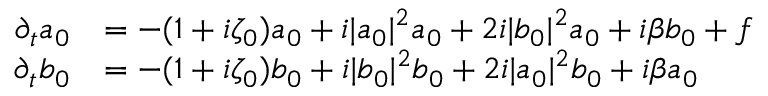
\begin{array} { r l } { \partial _ { t } a _ { 0 } } & { = - ( 1 + i \zeta _ { 0 } ) a _ { 0 } + i | a _ { 0 } | ^ { 2 } a _ { 0 } + 2 i | b _ { 0 } | ^ { 2 } a _ { 0 } + i \beta b _ { 0 } + f } \\ { \partial _ { t } b _ { 0 } } & { = - ( 1 + i \zeta _ { 0 } ) b _ { 0 } + i | b _ { 0 } | ^ { 2 } b _ { 0 } + 2 i | a _ { 0 } | ^ { 2 } b _ { 0 } + i \beta a _ { 0 } } \end{array}